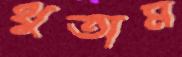
থুতাম